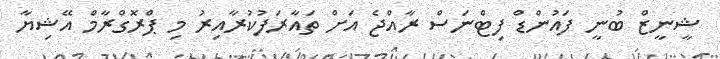
ޝީނީޒް ބުނީ ފައުންޑް ފިޓްނަސް ރާއްޖެ އަށް ތައާރަފުކުރާއިރު މި ޕްރޮގްރާމް އޭޝިޔާ